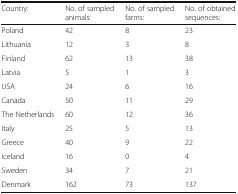
| Country: | No. of sampled animals: | No. of sampled farms: | No. of obtained sequences: |
 | --- | --- | --- | --- |
 | Poland | 42 | 8 | 23 |
 | Lithuania | 12 | 3 | 8 |
 | Finland | 62 | 13 | 38 |
 | Latvia | 5 | 1 | 3 |
 | USA | 24 | 6 | 16 |
 | Canada | 50 | 11 | 29 |
 | The Netherlands | 60 | 12 | 36 |
 | Italy | 25 | 5 | 13 |
 | Greece | 40 | 9 | 22 |
 | Iceland | 16 | 0 | 4 |
 | Sweden | 34 | 7 | 21 |
 | Denmark | 162 | 73 | 137 |